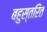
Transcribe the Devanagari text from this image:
बहुस्तरित